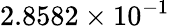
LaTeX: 2.8582\times 10^{-1}